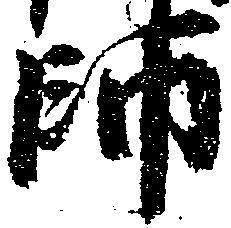
師